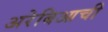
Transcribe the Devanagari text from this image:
अरेबिआची